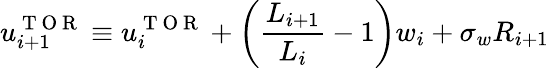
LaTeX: u_{i+1}^{\mathrm{~T~O~R~}}\equiv u_{i}^{\mathrm{~T~O~R~}}+\bigg(\frac{L_{i+1}}{L_{i}}-1\bigg)w_{i}+\sigma_{w}R_{i+1}